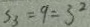
S _ { 3 } = 9 = 3 ^ { 2 }